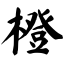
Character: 橙